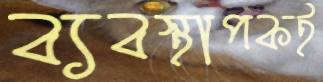
ব্যবস্থাপকই